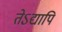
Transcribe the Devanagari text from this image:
तेऽद्यापि